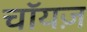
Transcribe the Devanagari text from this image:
चॉयज़